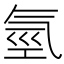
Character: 氫